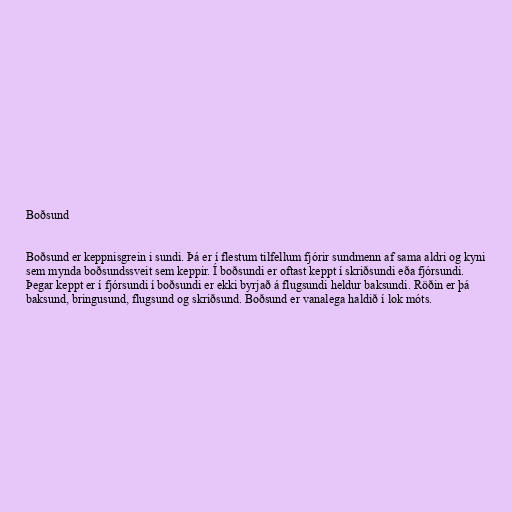
Boðsund

Boðsund er keppnisgrein i sundi. Þá er í flestum tilfellum fjórir sundmenn af sama aldri og kyni
sem mynda boðsundssveit sem keppir. Í boðsundi er oftast keppt í skriðsundi eða fjórsundi.
Þegar keppt er í fjórsundi í boðsundi er ekki byrjað á flugsundi heldur baksundi. Röðin er þá
baksund, bringusund, flugsund og skriðsund. Boðsund er vanalega haldið í lok móts.